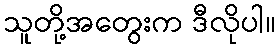
သူတို့အတွေးက ဒီလိုပါ။